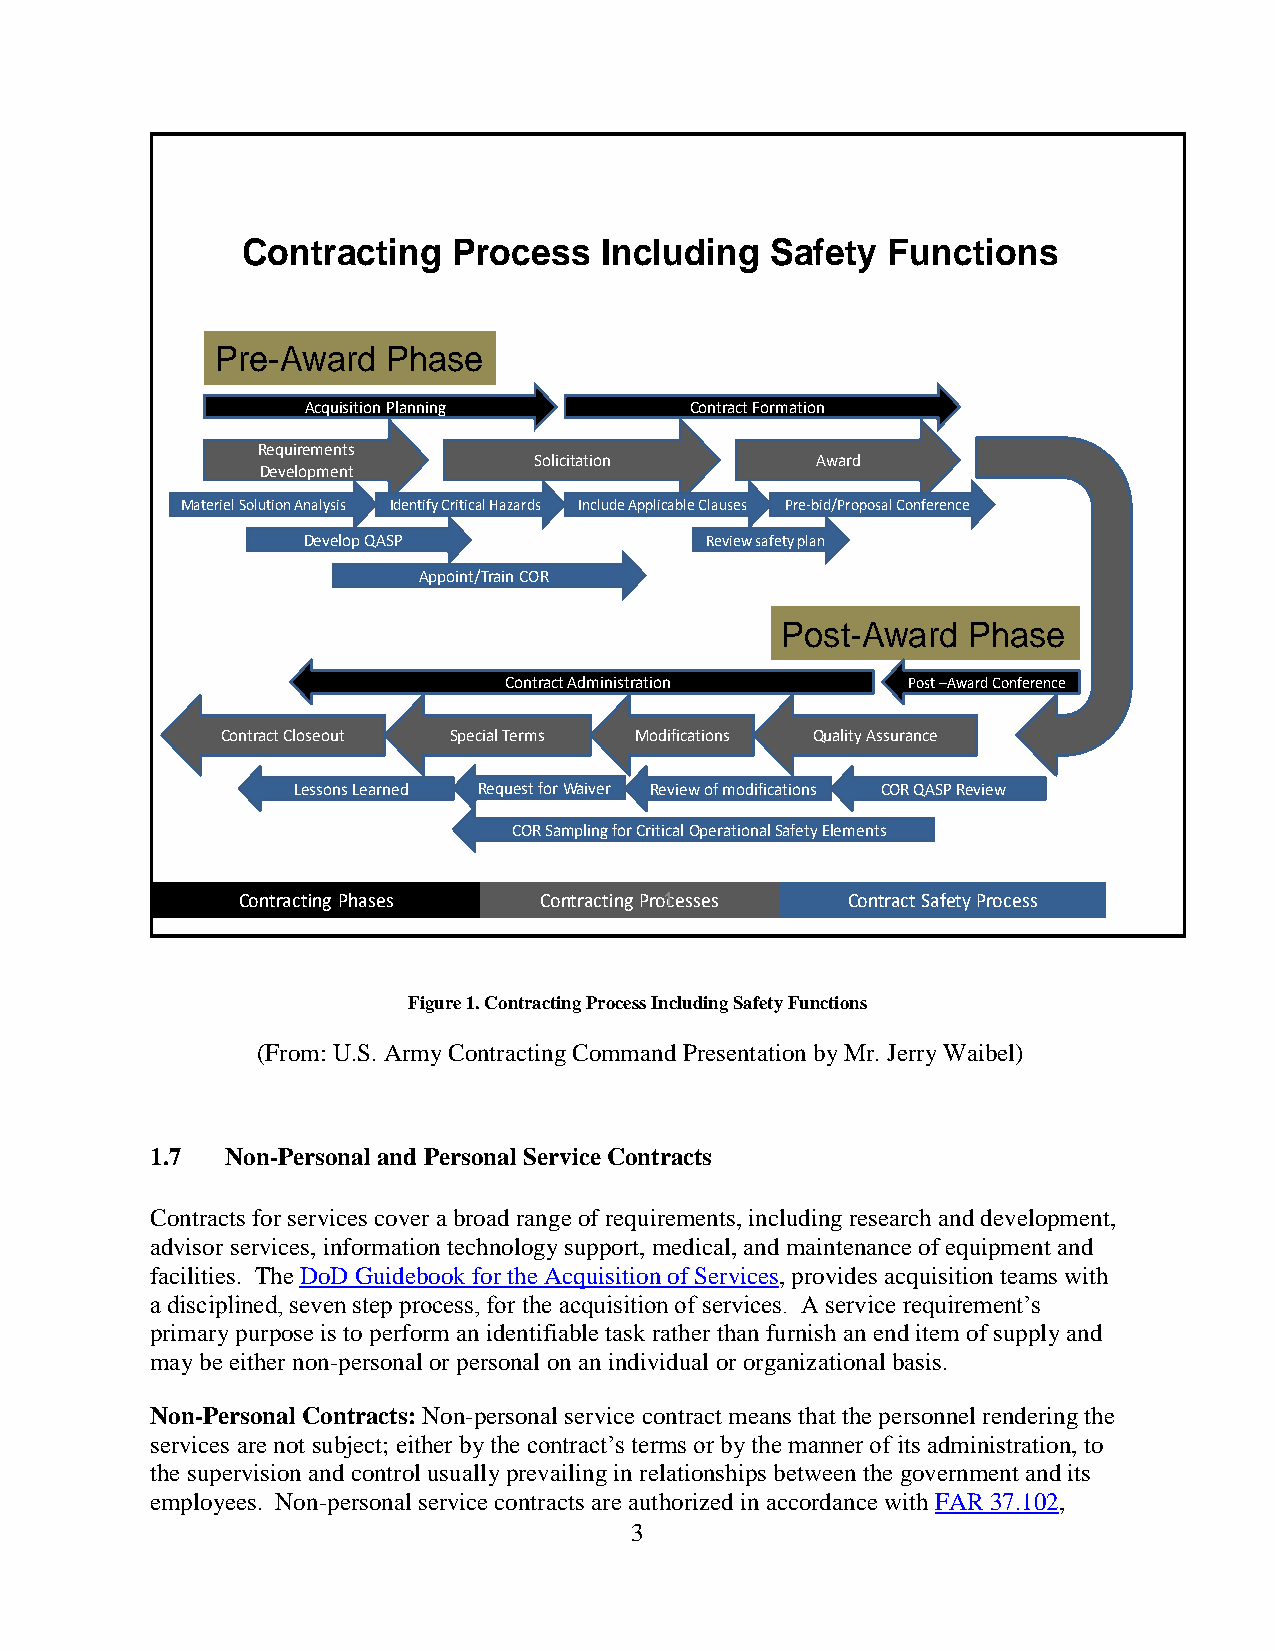
UNCLASSIFIED
 Contracting   Process   Including  Safety  Functions
 Pre-Award   Phase
 Acquisition Planning      Contract Formation
 Requirements
 Solicitation       Award
 Development
 Materiel Solution Analysis Identify Critical Hazards Include Applicable Clauses Pre-bid/Proposal Conference
 Develop QASP               Review safety plan
 Appoint/Train COR
 Post-Award  Phase
 Contract Administration    Post –Award Conference
 Contract Closeout Special Terms Modifications Quality Assurance
 Lessons Learned Request for Waiver Review of modifications COR QASP Review
 COR Sampling for Critical Operational Safety Elements
 Contracting Phases  ContracUtiNngC LPrAo1 SceSsIsFeIsE D Contract Safety Process
 Figure 1. Contracting Process Including Safety Functions
 (From: U.S. Army Contracting Command Presentation by Mr. Jerry Waibel)
 1.7  Non-Personal and Personal Service Contracts
 Contracts for services cover a broad range of requirements, including research and development,
 advisor services, information technology support, medical, and maintenance of equipment and
 facilities. The DoD Guidebook for the Acquisition of Services, provides acquisition teams with
 a disciplined, seven step process, for the acquisition of services. A service requirement’s
 primary purpose is to perform an identifiable task rather than furnish an end item of supply and
 may be either non-personal or personal on an individual or organizational basis.
 Non-Personal Contracts: Non-personal service contract means that the personnel rendering the
 services are not subject; either by the contract’s terms or by the manner of its administration, to
 the supervision and control usually prevailing in relationships between the government and its
 employees. Non-personal service contracts are authorized in accordance with FAR 37.102,
 3